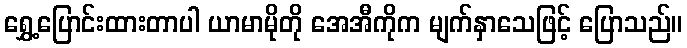
ရွှေ့ပြောင်းထားတာပါ ယာမာမိုတို အေအီကိုက မျက်နှာသေဖြင့် ပြောသည်။